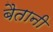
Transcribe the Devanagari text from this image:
बैतानी